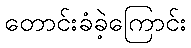
တောင်းခံခဲ့ကြောင်း